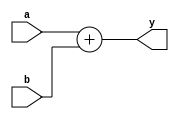
module adder #(parameter data_width = 4)(
		output [data_width:0] y,
		input [data_width-1:0] a,b);
	assign y=a+b;
endmodule